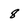
Character: 8